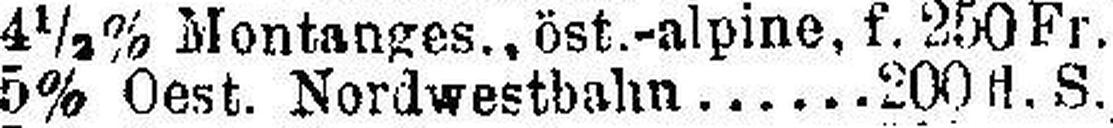
5% Oest. Nordwestbahn 200 fl. S.